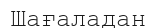
Шағаладан